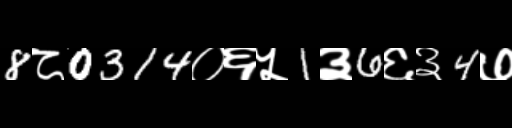
Text: 8८0314०६५1३6६३4७